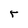
Character: r